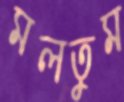
মলতুম